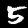
Digit: 5